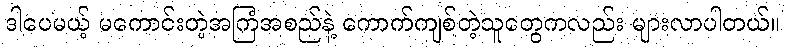
ဒါပေမယ့် မကောင်းတဲ့အကြံအစည်နဲ့ ကောက်ကျစ်တဲ့သူတွေကလည်း များလာပါတယ်။